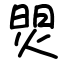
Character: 焸